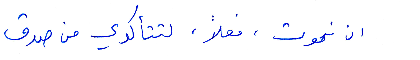
ان نموت، فعلًا، لتتأكدي من صدق